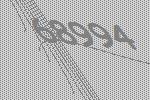
68994